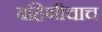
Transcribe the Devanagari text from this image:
बहिणीचाच